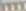
wwww